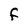
Character: f